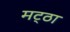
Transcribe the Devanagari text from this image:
मट्‌ठा